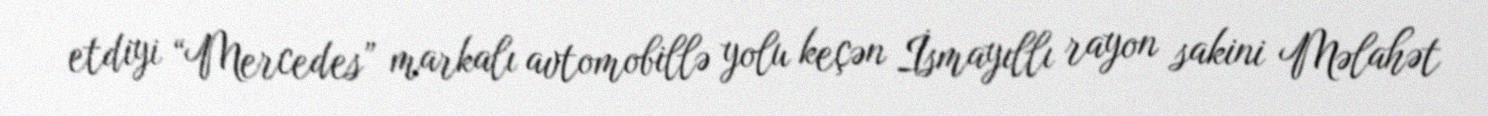
etdiyi “Mercedes” markalı avtomobillə yolu keçən İsmayıllı rayon sakini Məlahət